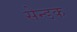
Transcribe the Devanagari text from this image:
सेन्डक